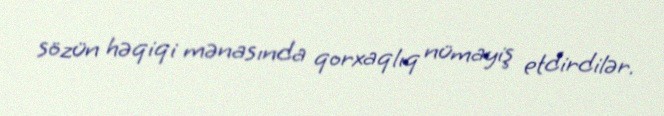
sözün həqiqi mənasında qorxaqlıq nümayiş etdirdilər.